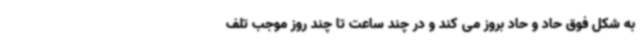
به شکل فوق حاد و حاد بروز می کند و در چند ساعت تا چند روز موجب تلف